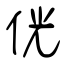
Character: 侊